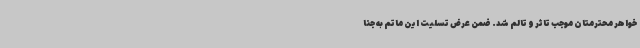
خواهر محترمتان موجب تاثر و تالم شد. ضمن عرض تسلیت این ماتم به جنا